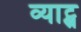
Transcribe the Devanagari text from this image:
व्याट्स्न